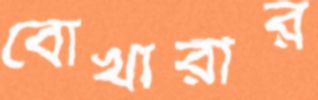
বোখারীর